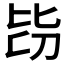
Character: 𣬇